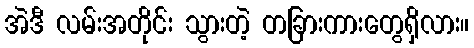
အဲဒီ လမ်းအတိုင်း သွားတဲ့ တခြားကားတွေရှိလား။